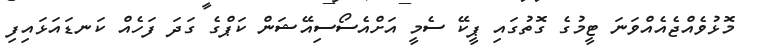
މޮޅުވެއްޖެއެއްވަނަ ޓީމުގެ ގޮތުގައި ޕީކޭ ސެމީ އަށްއެސޯސިއޭޝަން ކަޕްގެ ގަދަ ފަހެއް ކަނޑައަޅައިފި